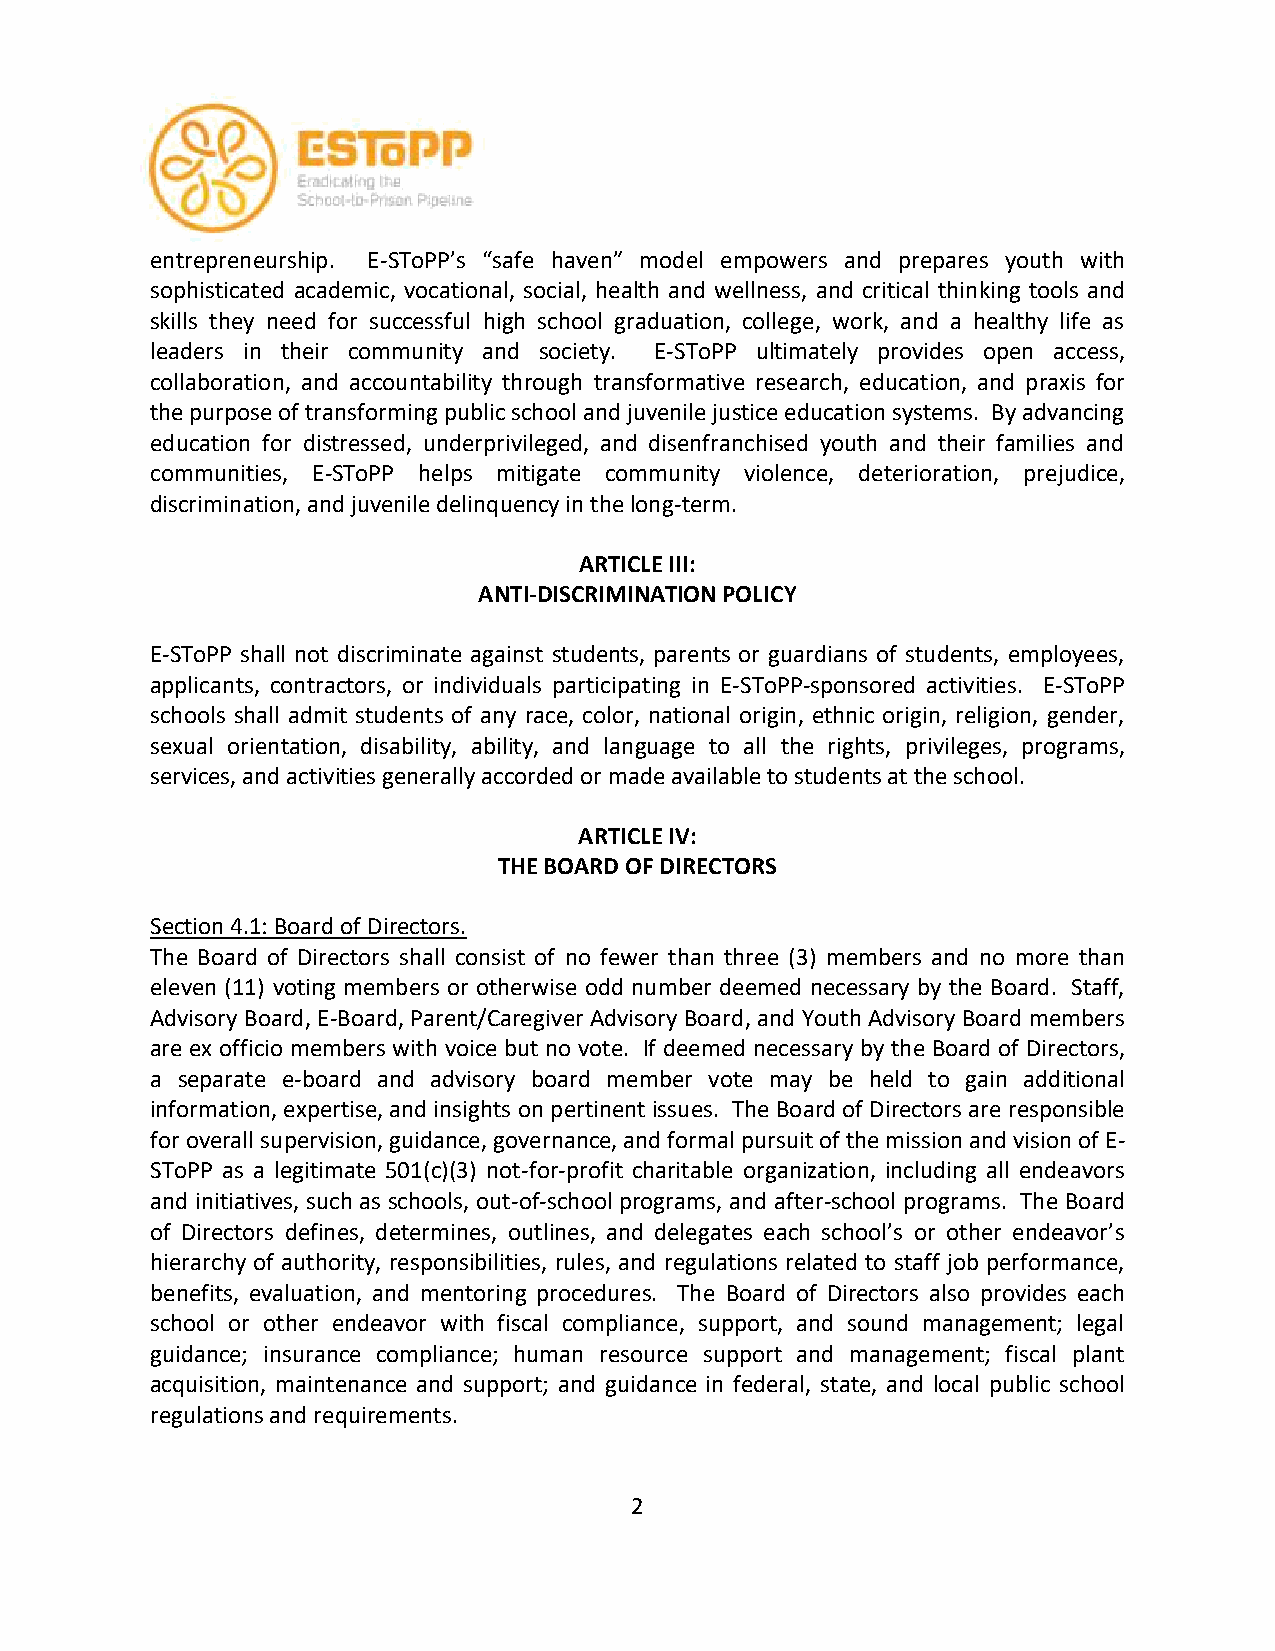
entrepreneurship. E-SToPP’s “safe haven” model empowers and prepares youth with
 sophisticated academic, vocational, social, health and wellness, and critical thinking tools and
 skills they need for successful high school graduation, college, work, and a healthy life as
 leaders in their community and society. E-SToPP ultimately provides open access,
 collaboration, and accountability through transformative research, education, and praxis for
 the purpose of transforming public school and juvenile justice education systems. By advancing
 education for distressed, underprivileged, and disenfranchised youth and their families and
 communities, E-SToPP helps mitigate community violence, deterioration, prejudice,
 discrimination, and juvenile delinquency in the long-term.
 ARTICLE III:
 ANTI-DISCRIMINATION POLICY
 E-SToPP shall not discriminate against students, parents or guardians of students, employees,
 applicants, contractors, or individuals participating in E-SToPP-sponsored activities. E-SToPP
 schools shall admit students of any race, color, national origin, ethnic origin, religion, gender,
 sexual orientation, disability, ability, and language to all the rights, privileges, programs,
 services, and activities generally accorded or made available to students at the school.
 ARTICLE IV:
 THE BOARD OF DIRECTORS
 Section 4.1: Board of Directors.
 The Board of Directors shall consist of no fewer than three (3) members and no more than
 eleven (11) voting members or otherwise odd number deemed necessary by the Board. Staff,
 Advisory Board, E-Board, Parent/Caregiver Advisory Board, and Youth Advisory Board members
 are ex officio members with voice but no vote. If deemed necessary by the Board of Directors,
 a separate e-board and advisory board member vote may be held to gain additional
 information, expertise, and insights on pertinent issues. The Board of Directors are responsible
 for overall supervision, guidance, governance, and formal pursuit of the mission and vision of E-
 SToPP as a legitimate 501(c)(3) not-for-profit charitable organization, including all endeavors
 and initiatives, such as schools, out-of-school programs, and after-school programs. The Board
 of Directors defines, determines, outlines, and delegates each school’s or other endeavor’s
 hierarchy of authority, responsibilities, rules, and regulations related to staff job performance,
 benefits, evaluation, and mentoring procedures. The Board of Directors also provides each
 school or other endeavor with fiscal compliance, support, and sound management; legal
 guidance; insurance compliance; human resource support and management; fiscal plant
 acquisition, maintenance and support; and guidance in federal, state, and local public school
 regulations and requirements.
 2